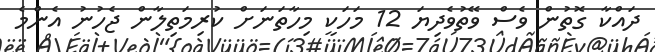
ދައްކާ ގޮތުން ވެސް ވޭތުވެދިޔަ 12 މަހަކީ މިހާތަނަށް ކުރިމަތިލާން ޖެހުނު އެންމެ